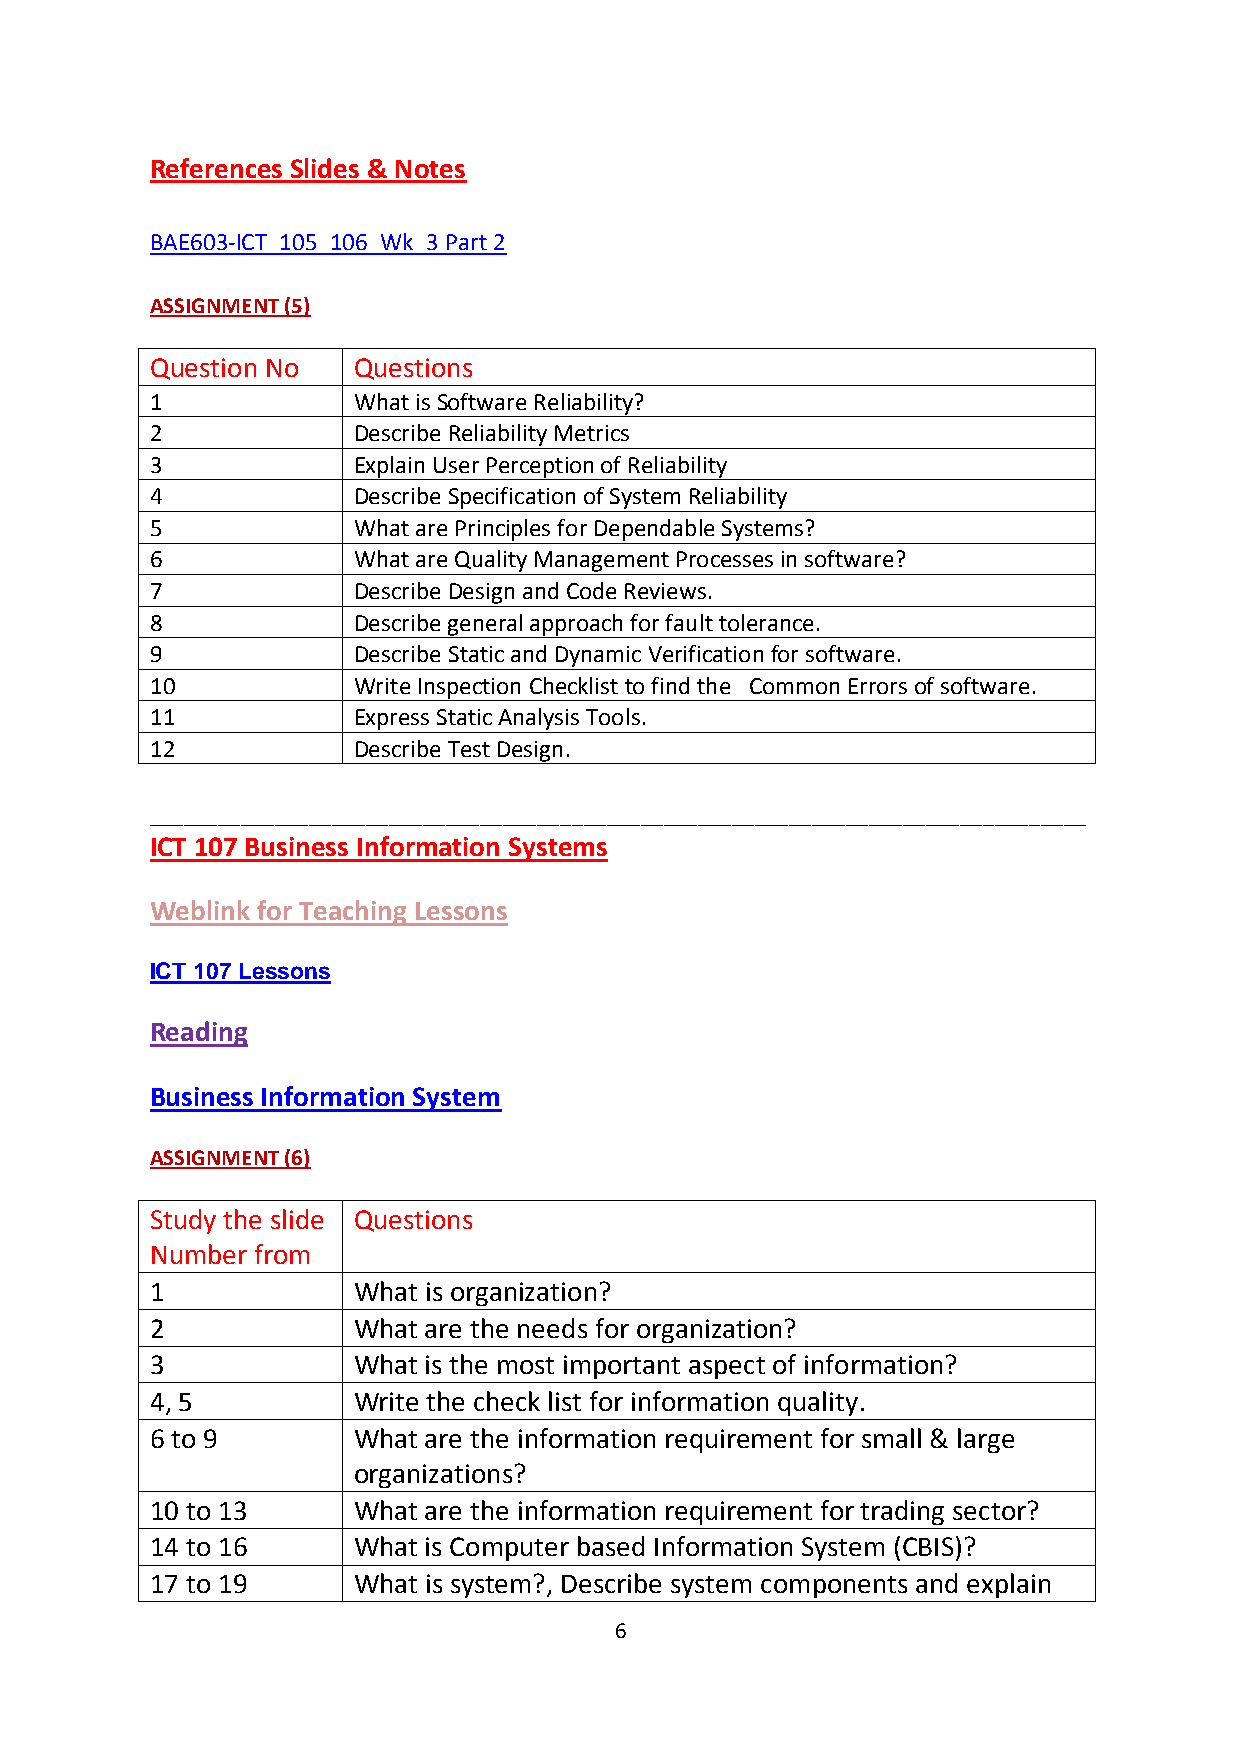
References Slides & Notes
 BAE603-ICT_105_106_Wk_3 Part 2
 ASSIGNMENT (5)
 Question No  Questions
 1            What is Software Reliability?
 2            Describe Reliability Metrics
 3            Explain User Perception of Reliability
 4            Describe Specification of System Reliability
 5            What are Principles for Dependable Systems?
 6            What are Quality Management Processes in software?
 7            Describe Design and Code Reviews.
 8            Describe general approach for fault tolerance.
 9            Describe Static and Dynamic Verification for software.
 10           Write Inspection Checklist to find the Common Errors of software.
 11           Express Static Analysis Tools.
 12           Describe Test Design.
 __________________________________________________________________________________
 ICT 107 Business Information Systems
 Weblink for Teaching Lessons
 ICT 107 Lessons
 Reading
 Business Information System
 ASSIGNMENT (6)
 Study the slide Questions
 Number from
 1            What is organization?
 2            What are the needs for organization?
 3            What is the most important aspect of information?
 4, 5         Write the check list for information quality.
 6 to 9       What are the information requirement for small & large
 organizations?
 10 to 13     What are the information requirement for trading sector?
 14 to 16     What is Computer based Information System (CBIS)?
 17 to 19     What is system?, Describe system components and explain
 6